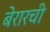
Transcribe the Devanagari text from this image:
बेरारची